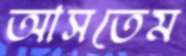
আসতেম